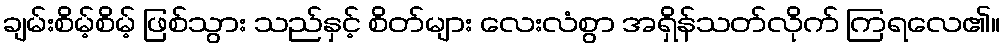
ချမ်းစိမ့်စိမ့် ဖြစ်သွား သည်နှင့် စိတ်များ လေးလံစွာ အရှိန်သတ်လိုက် ကြရလေ၏။